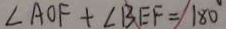
\angle A O F + \angle B E F = 1 8 0 ^ { \circ }